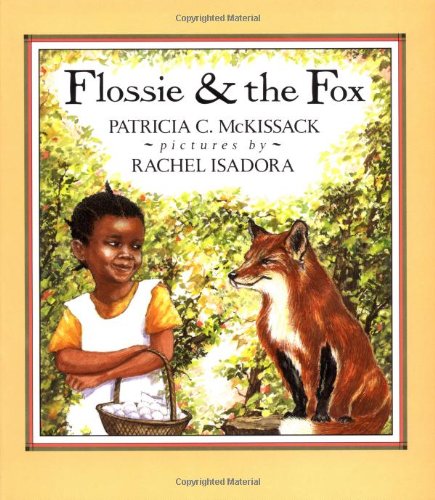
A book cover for Flossie and the Fox; Patricia McKissack; Children's Books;